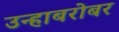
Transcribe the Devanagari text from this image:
उन्हाबरोबर